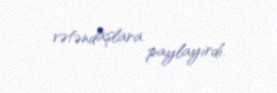
vətəndaşlara paylayırdı.